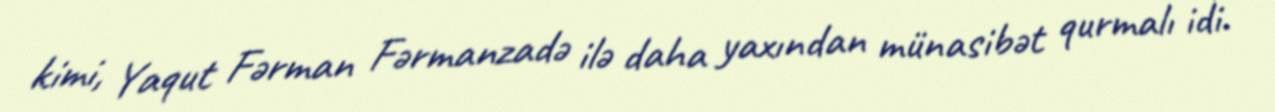
kimi, Yaqut Fərman Fərmanzadə ilə daha yaxından münasibət qurmalı idi.